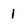
Character: 1